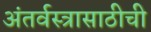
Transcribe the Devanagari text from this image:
अंतर्वस्त्रासाठीची